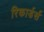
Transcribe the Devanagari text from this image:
रिकार्डर्स